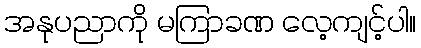
အနုပညာကို မကြာခဏ လေ့ကျင့်ပါ။